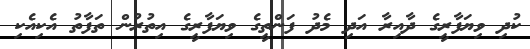
ކުދި ވިޔަފާރީގެ ދާއިރާ އަދި މެދު ފަންތީގެ ވިޔަފާރީގެ އިތުރުން ތަފާތު އެކިއެކި